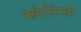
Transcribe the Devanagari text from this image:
क्लेरोटेस्ता